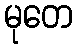
မုတေ